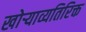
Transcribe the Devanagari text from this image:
खोऱ्याव्यतिरिक्त